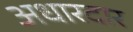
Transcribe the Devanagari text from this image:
अधारदार